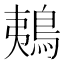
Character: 鴺